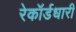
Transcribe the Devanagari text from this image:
रेकॉर्डधारी